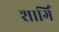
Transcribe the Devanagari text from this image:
शार्गिं